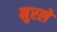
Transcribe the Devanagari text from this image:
मुरले